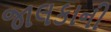
જાલકાની